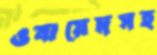
ওবায়েদসহ